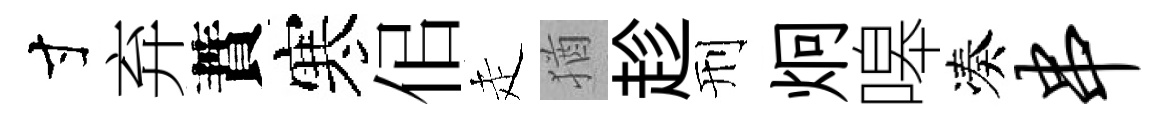
寸弃蕡寒佀走猶趁刑炯嗥凑串